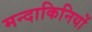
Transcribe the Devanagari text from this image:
मन्दाकिनियों